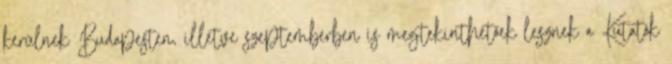
kerülnek Budapesten, illetve szeptemberben is megtekinthetőek lesznek a Kutatók